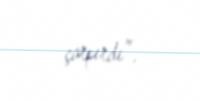
çarpırdı”.